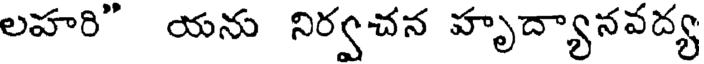
లహరి" యను నిర్వచన హృద్యానవద్య